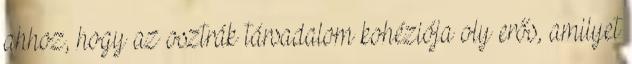
ahhoz, hogy az osztrák társadalom kohéziója oly erős, amilyet